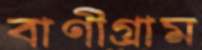
বাণীগ্রাম